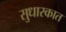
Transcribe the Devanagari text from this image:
सुधारकात